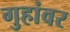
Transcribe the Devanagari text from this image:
गुहांवर